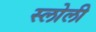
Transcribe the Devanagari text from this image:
स्लोली